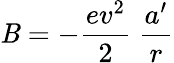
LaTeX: \mathit{B}=-\frac{{ev^{2}}}{{2}}\ \frac{{a^{\prime}}}{r}